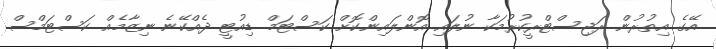
އޭގެ އިތުރުން ރަޖިސްޓްރީކުރުމަކާ ނުލައި އޮންލައިންކޮށް ކަސްޓަމް ޑިއުޓީ ދެއްކޭނެ ނިޒާމެއް ކަސްޓަމްސް